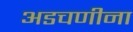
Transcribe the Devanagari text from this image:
अडचणीना